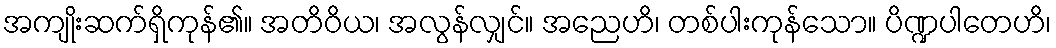
အကျိုးဆက်ရှိကုန်၏။ အတိဝိယ၊ အလွန်လျှင်။ အညေဟိ၊ တစ်ပါးကုန်သော။ ပိဏ္ဍပါတေဟိ၊